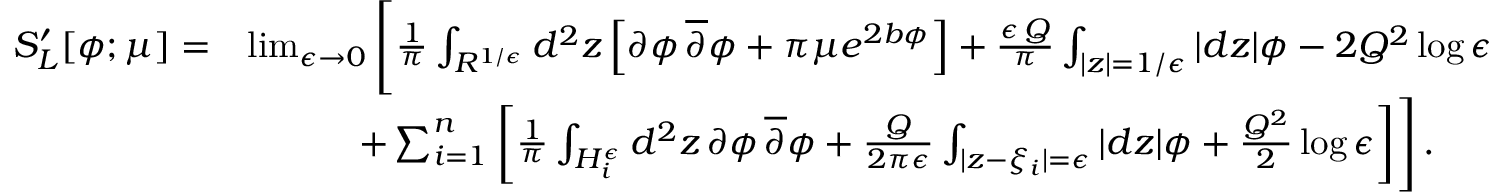
\begin{array} { r l } { S _ { L } ^ { \prime } [ \phi ; \mu ] = } & { \operatorname* { l i m } _ { \epsilon \to 0 } \Bigg [ { \frac { 1 } { \pi } } \int _ { R ^ { 1 / \epsilon } } d ^ { 2 } z \left[ \partial \phi \, \overline { { \partial } } \phi + \pi \mu e ^ { 2 b \phi } \right] + { \frac { \epsilon \, Q } { \pi } } \int _ { | z | = 1 / \epsilon } | d z | \phi - 2 Q ^ { 2 } \log \epsilon } \\ & { \quad \quad \quad + \sum _ { i = 1 } ^ { n } \bigg [ { \frac { 1 } { \pi } } \int _ { H _ { i } ^ { \epsilon } } d ^ { 2 } z \, \partial \phi \, \overline { { \partial } } \phi + { \frac { Q } { 2 \pi \epsilon } } \int _ { | z - \xi _ { i } | = \epsilon } | d z | \phi + { \frac { Q ^ { 2 } } { 2 } } \log \epsilon \bigg ] \Bigg ] \, . } \end{array}